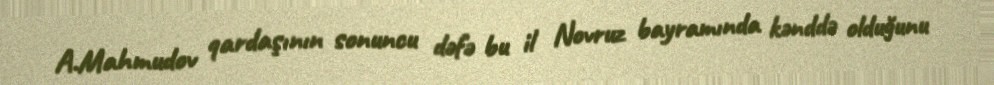
A.Mahmudov qardaşının sonuncu dəfə bu il Novruz bayramında kənddə olduğunu